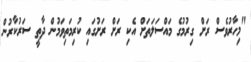
"މިހާރުވެސް ރަށް ގިރުމުގެ މައްސަލަތަށް އެކި ރަށް ރަށުގައި ކުރިމަތިވަމުން ދާތީ ސަރުކާރުން